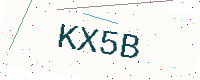
Text: KX5B